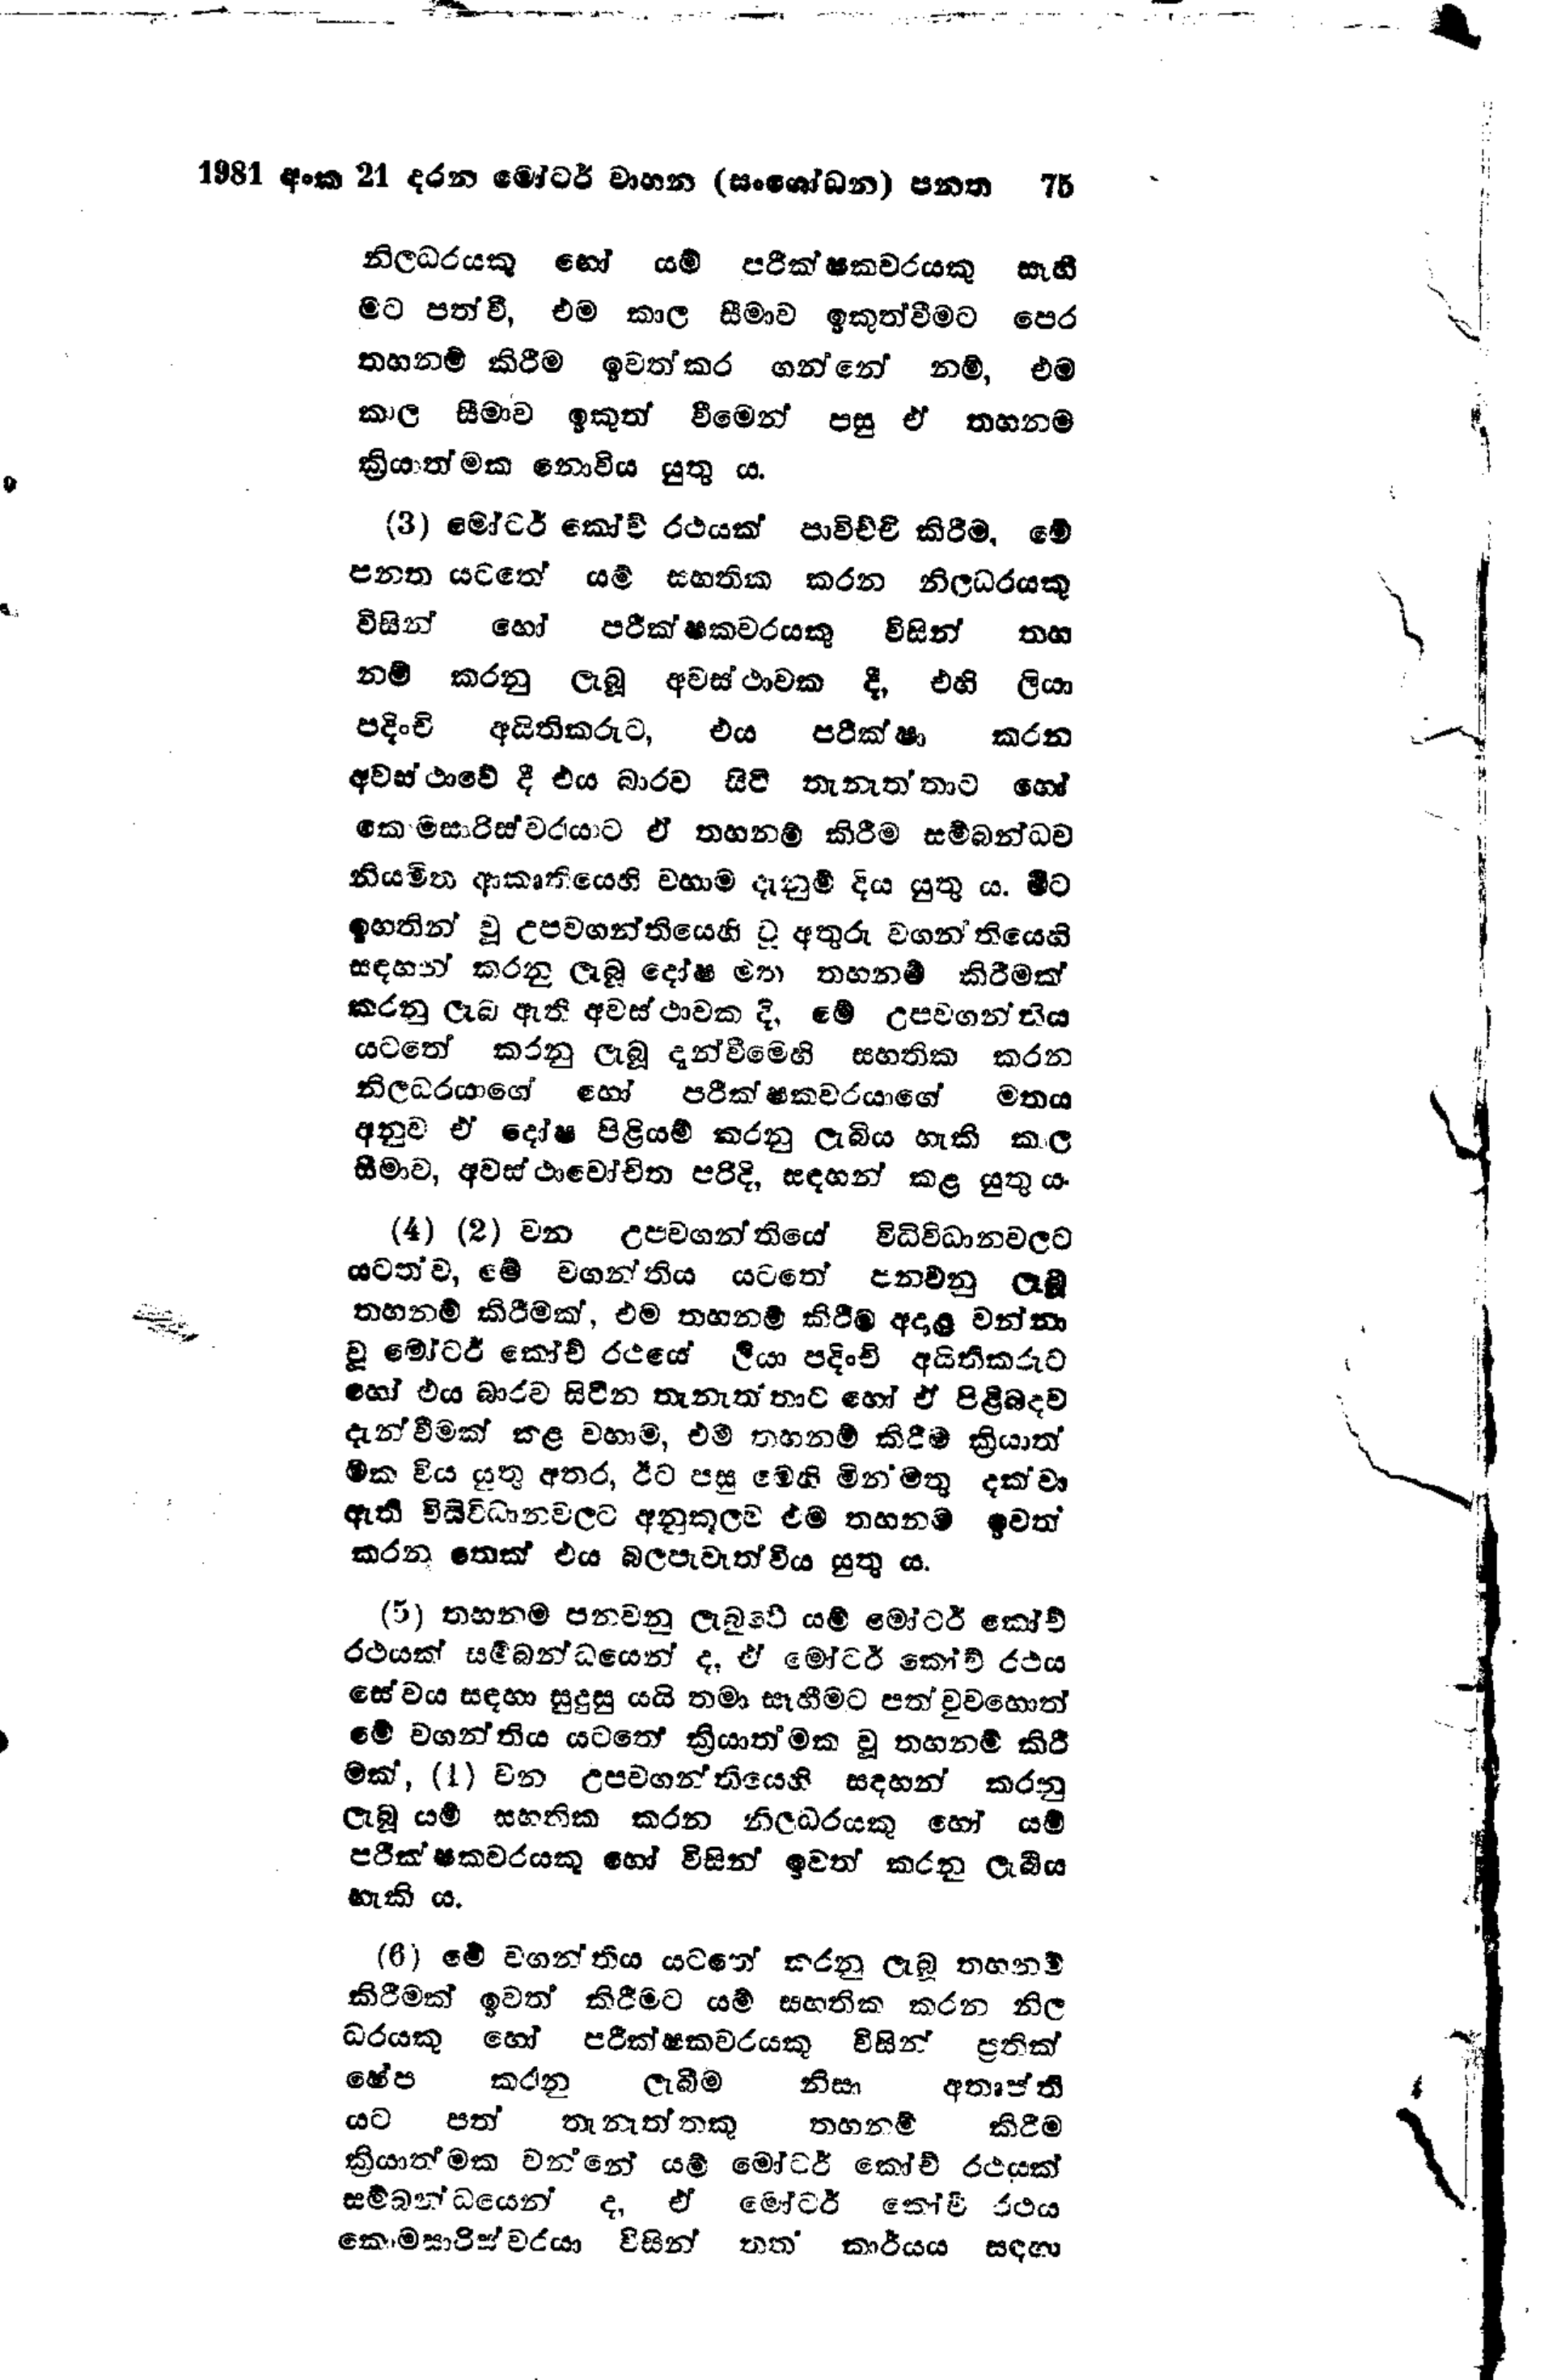
1981 අංක 21 දරන මෝටර් වාහන (සංශෝධන) පනත  75

නිලධරයකු හෝ යම් පරීක්ෂකවරයකු සෑහී
මට පත්වී, එම කාල සීමාව ඉකුත්වීමට පෙර
තහනම් කිරීම ඉවත්කර ගන්නේ නම්, එම
කාල සීමාව ඉකුත් වීමෙන් පසු ඒ තහනම
ක්‍රියාත්මක නොවිය යුතු ය.

(3) මෝටර් කෝච් රථයක් පාවිච්චි කිරීම. මේ
පනත යටතේ යම් සහතික කරන නිලධරයකු
විසින් හෝ පරීක්ෂකවරයකු විසින් තහ
නම් කරනු ලැබූ අවස්ථාවක දී, එහි ලියා
පදිංචි අයිතිකරුට,එය පරික්ෂා කරන
අවස්ථාවේ දී එය බාරව සිටි තැනැත්තාට හෝ
කොමසාරිස්වරයාට ඒ තහනම් කිරීම සම්බන්ධව
නියමිත ආකෘතියෙහි වහාම දැනුම් දිය යුතුය. මීට
ඉහතින් වූ උපවගන්තියෙහි වූ අතුරු වගන්තියෙහි
සඳහන් කරනු ලැබූ දෝෂ මත තහනම් කිරීමක්
කරනු ලැබ ඇති අවස්ථාවක දී, මේ උපවගන්තිය
යටතේ කරනු ලැබූ දැන්වීමෙහි සහතික කරන
නිලධරයාගේ හෝ පරීක්ෂකවරයාගේ මතය
අනුව ඒ දෝෂ පිළියම් කරනු ලැබිය හැකි කාල
සීමාව, අවස්ථාවෝචිත පරිදි, සඳහන් කළ යුතු ය.

(4) (2) වන උපවගන්තියේ විධිවිධානවලට
යටත්ව, මේ වගන්තිය යටතේ පනවනු ලැබූ
තහනම් කිරීමක්, එම තහනම් කිරීම අදාළ වන්නා
වූ මෝටර් කෝච් රථයේ ලියා පදිංචි අයිතිකරුට
හෝ එය බාරව සිටින තැනැත්තාට හෝ ඒ පිළිබදව
දැන්වීමක් කළ වහාම, එම තහනම් කිරීම ක්‍රියාත්
මක විය යුතු අතර, ඊට පසු මෙහි මින්මතු දක්වා
ඇති විධිවිධානවලට අනුකූලව එම තහනම ඉවත්
කරන තෙක් එය බලපැවැත්විය යුතුය.

(5) තහනම පනවනු ලැබුවේ යම් මෝටර් කෝච
රථයක් සම්බන්ධයෙන්ද, ඒ මෝටර් කෝච් රථය
සේවය සඳහා සුදුසු යයි තමා සෑහීමට පත් වුවහොත්
මේ වගන්තිය යටතේ ක්‍රියාත්මක වූ තහනම් කිරී
මක්, (1) වන උපවගන්තියෙහි සඳහන් කරනු
ලැබූ යම් සහතික කරන නිලධරයකු හෝ යම්
පරික්ෂකවරයකු හෝ විසින් ඉවත් කරනු ලැබිය
හැකි ය.

(6) මේ වගන්තිය යටතේ කරනු ලැබූ තහනම්
කිරීමක් ඉවත් කිරීමට යම් සහතික කරන නිල
ධරයකු හෝ පරීක්ෂකවරයකු විසින් ප්‍රතික්
ෂේප කරනු ලැබීම නිසා අතෘප්ති
යට පත් තැනැත්තකු තහනම් කිරීම
ක්‍රියාත්මක වන්නේ යම් මෝටර් කෝච් රථයක්
සම්බන්ධයෙන් ද ඒ මෝටර් කෝවි රථය
කොමසාරිස් වරයා විසින් තත් කාර්යය සඳහා